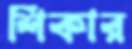
শিকার